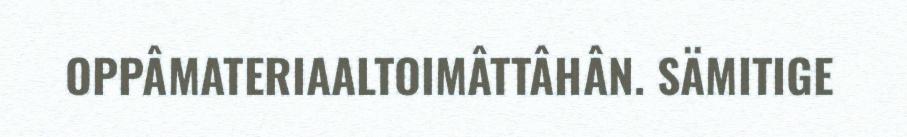
OPPÂMATERIAALTOIMÂTTÂHÂN. SÄMITIGE